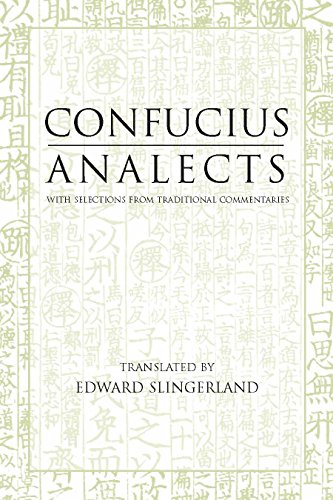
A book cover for Analects: With Selections from Traditional Commentaries (Hackett Classics); Confucius; Religion & Spirituality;